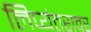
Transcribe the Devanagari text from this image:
लिप्यंतरावर